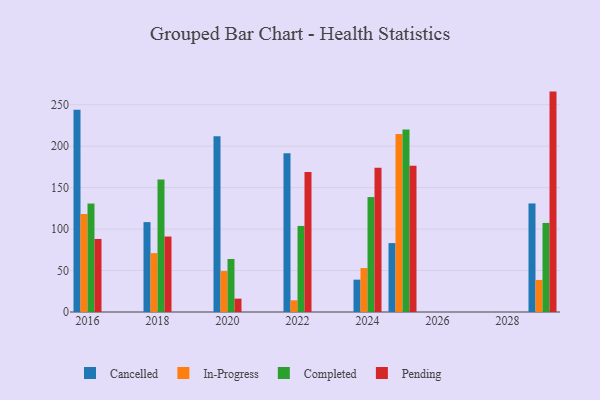
{"axis": {"x": "Year", "y": "Production Output"}, "legend": ["Cancelled", "Completed", "In-Progress", "Pending"], "data": [{"x": "2029", "y": 130.9, "type": "Cancelled"}, {"x": "2029", "y": 38.7, "type": "In-Progress"}, {"x": "2029", "y": 107.4, "type": "Completed"}, {"x": "2029", "y": 265.8, "type": "Pending"}, {"x": "2022", "y": 191.6, "type": "Cancelled"}, {"x": "2022", "y": 14.1, "type": "In-Progress"}, {"x": "2022", "y": 103.8, "type": "Completed"}, {"x": "2022", "y": 168.9, "type": "Pending"}, {"x": "2018", "y": 108.4, "type": "Cancelled"}, {"x": "2018", "y": 71.0, "type": "In-Progress"}, {"x": "2018", "y": 159.9, "type": "Completed"}, {"x": "2018", "y": 91.0, "type": "Pending"}, {"x": "2025", "y": 83.1, "type": "Cancelled"}, {"x": "2025", "y": 214.8, "type": "In-Progress"}, {"x": "2025", "y": 220.0, "type": "Completed"}, {"x": "2025", "y": 176.4, "type": "Pending"}, {"x": "2020", "y": 212.0, "type": "Cancelled"}, {"x": "2020", "y": 49.4, "type": "In-Progress"}, {"x": "2020", "y": 63.9, "type": "Completed"}, {"x": "2020", "y": 16.1, "type": "Pending"}, {"x": "2024", "y": 39.0, "type": "Cancelled"}, {"x": "2024", "y": 53.0, "type": "In-Progress"}, {"x": "2024", "y": 138.6, "type": "Completed"}, {"x": "2024", "y": 174.1, "type": "Pending"}, {"x": "2016", "y": 244.0, "type": "Cancelled"}, {"x": "2016", "y": 118.2, "type": "In-Progress"}, {"x": "2016", "y": 130.8, "type": "Completed"}, {"x": "2016", "y": 88.1, "type": "Pending"}]}